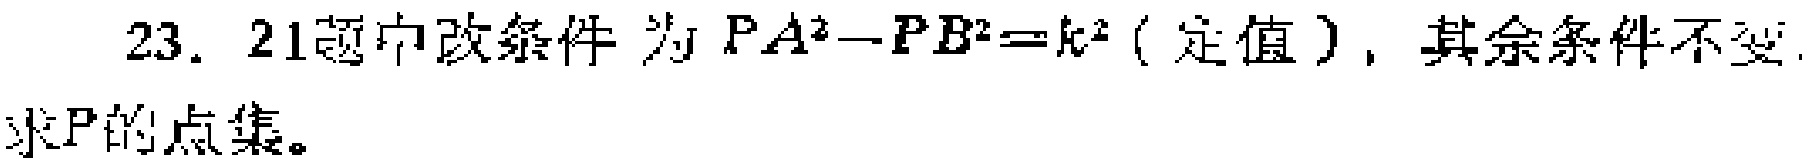
23. 21题中改条件为 \(PA^{2}-PB^{2}=k^{2}\)（定值），其余条件不变.

求\(P\)的点集。